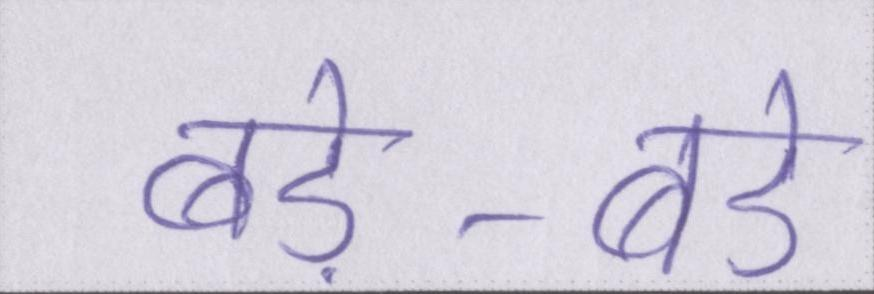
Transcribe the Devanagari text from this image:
बड़े-बड़े